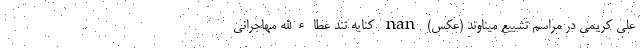
علی کریمی در مراسم تشییع میناوند (عکس) nan کنایه تند عطاءالله مهاجرانی